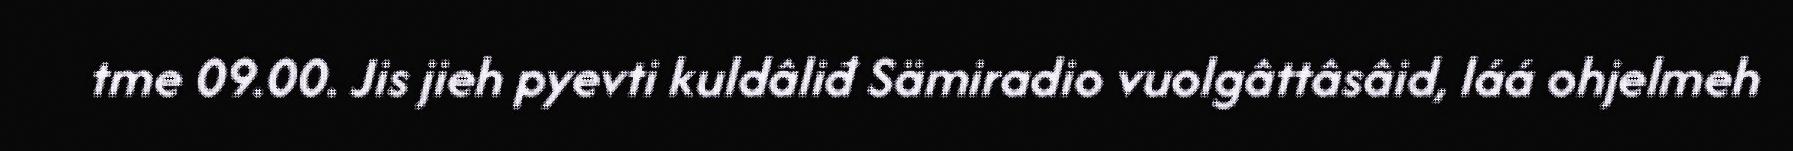
tme 09.00. Jis jieh pyevti kuldâliđ Sämiradio vuolgâttâsâid, láá ohjelmeh